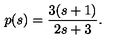
p ( s ) = \frac { 3 ( s + 1 ) } { 2 s + 3 } .